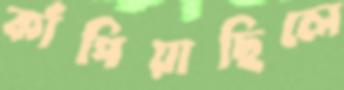
কাঁপিয়াছিলে